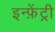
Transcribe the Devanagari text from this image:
इन्फ़ेंट्री